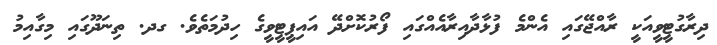
ދިރާގުޓީވީއަކީ ރާއްޖޭގައި އެންމެ ފުޅާދާއިރާއެއްގައި ފޯރުކޮށްދޭ އައިޕީޓީވީގެ ހިދުމަތެވެ. ގދ. ތިނަދޫގައި މިގާއިމު